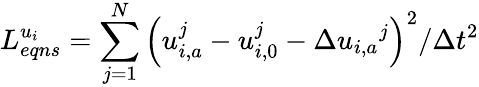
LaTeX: L_{eqns}^{{{u}_{i}}}=\sum_{j=1}^{N}{{{\left({u}_{i,a}^{j}-u_{i,0}^{j}-\Delta{{u}_{i,a}}^{j}\right)}^{2}}/\Delta{{t}^{2}}}